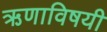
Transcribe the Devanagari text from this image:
ऋणाविषयी